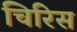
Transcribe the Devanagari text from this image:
चिरिस